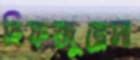
হিফজুন্নেসা